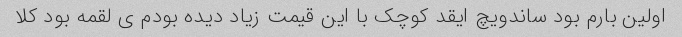
اولین بارم بود ساندویچ ایقد کوچک با این قیمت زیاد دیده بودم ی لقمه بود کلا